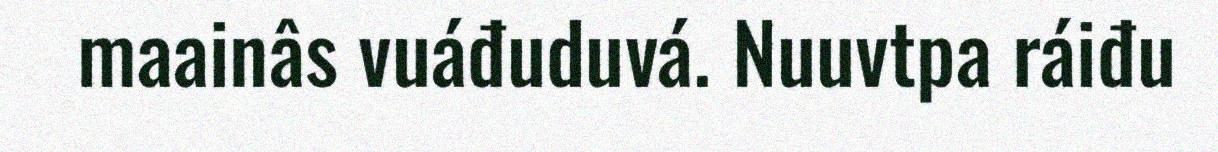
maainâs vuáđuduvá. Nuuvtpa ráiđu